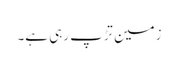
زمین تڑپ رہی ہے۔